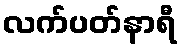
လက်ပတ်နာရီ